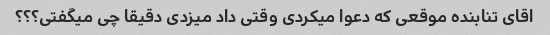
اقای تنابنده موقعی که دعوا میکردی وقتی داد میزدی دقیقا چی میگفتی؟؟؟